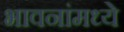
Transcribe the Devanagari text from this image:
भावनांमध्ये